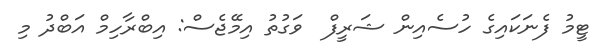
ޓީމު ފެނަކައިގެ ހުސެއިން ޝަރީފް  ވަގުތު އިމޭޖެސް: އިބްރާހިމް އަބްދު މި